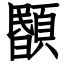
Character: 𩔉